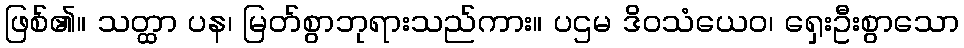
ဖြစ်၏။ သတ္ထာ ပန၊ မြတ်စွာဘုရားသည်ကား။ ပဌမ ဒိဝသံယေဝ၊ ရှေးဦးစွာသော